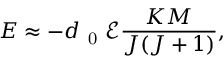
E \approx - d _ { \mathrm { ~ 0 ~ } } \mathcal { E } \frac { K M } { J ( J + 1 ) } ,